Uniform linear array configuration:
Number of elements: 32
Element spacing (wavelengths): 0.5
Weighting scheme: exponential
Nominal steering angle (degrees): -45
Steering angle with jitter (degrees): -45.159
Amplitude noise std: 0.05
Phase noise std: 0.05

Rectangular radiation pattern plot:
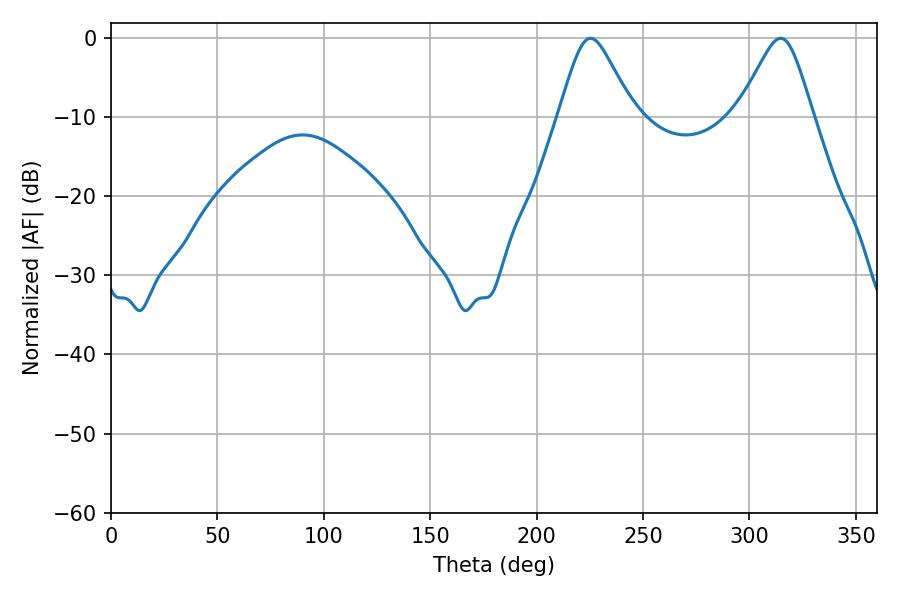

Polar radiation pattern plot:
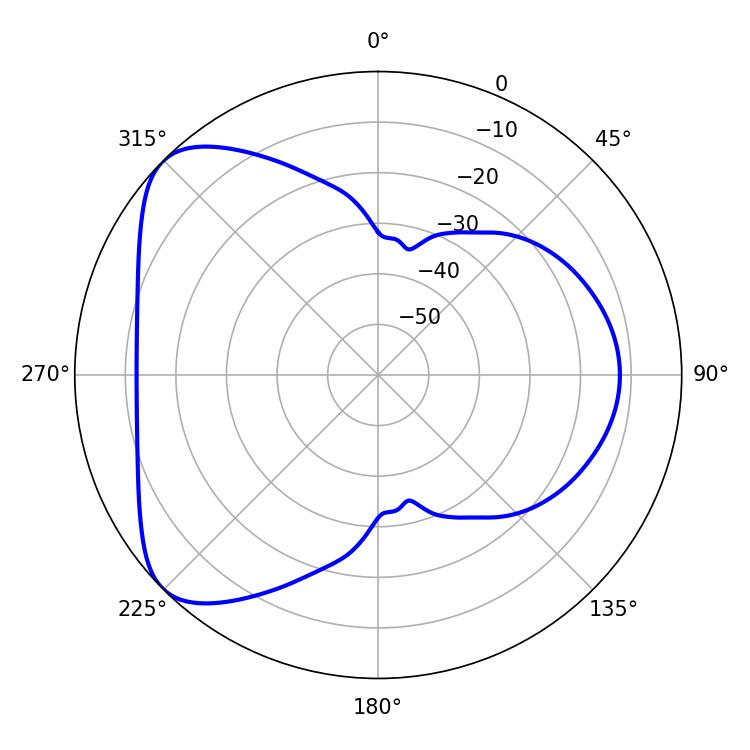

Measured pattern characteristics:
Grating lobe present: FALSE
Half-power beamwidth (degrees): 16.74
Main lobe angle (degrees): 225.36